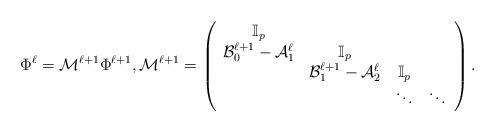
LaTeX: \begin{align*}{\Phi}^\ell={\mathcal{M}}^{\ell+1}{\Phi}^{\ell+1},{\mathcal{M}}^{\ell+1}=\left(\begin{array}{cccc}\mathbb{I}_p&&&\\\mathcal{B}_0^{\ell+1}-\mathcal{A}_1^\ell&\mathbb{I}_p&&\\&\mathcal{B}_1^{\ell+1}-\mathcal{A}_2^\ell&\mathbb{I}_p&\\&&\ddots&\ddots\end{array}\right).\end{align*}